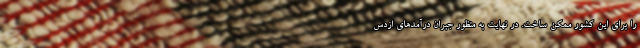
را برای این کشور ممکن ساخت. در نهایت به منظور جبران درآمدهای ازدس